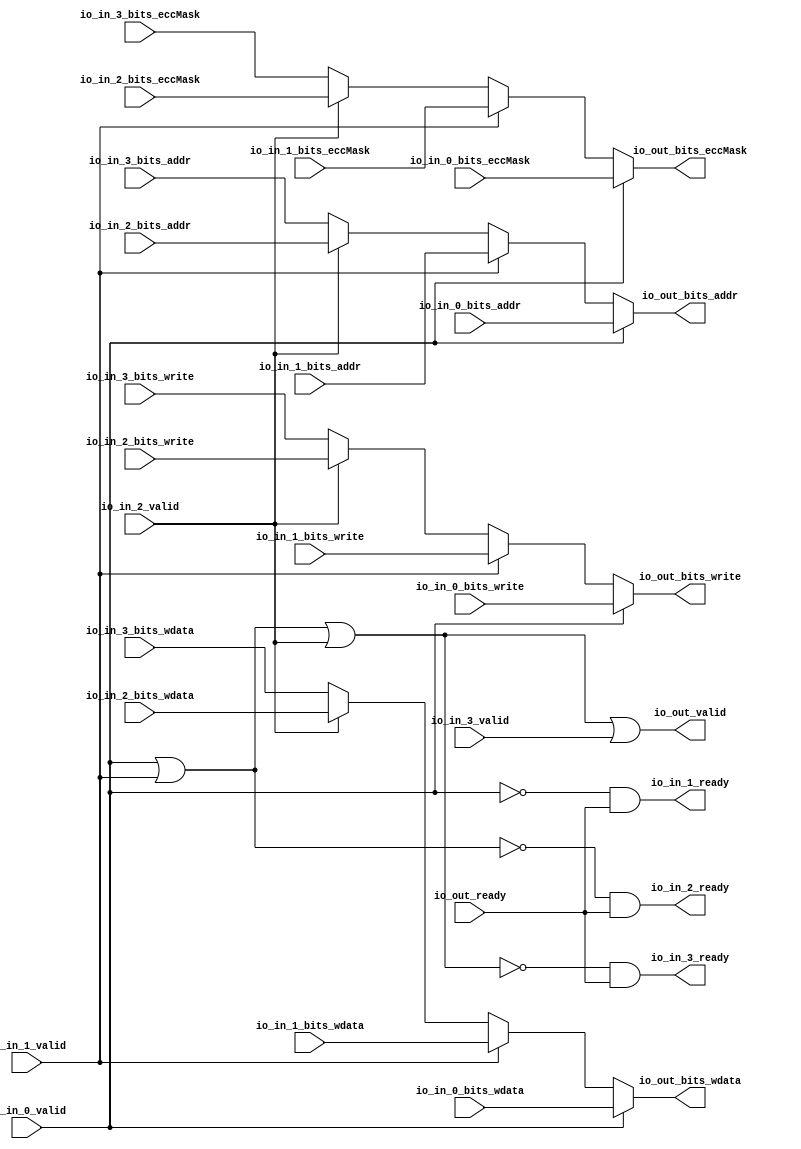
// Copyright (c) 2017, Microsemi Corporation
// All rights reserved.
//
// Redistribution and use in source and binary forms, with or without
// modification, are permitted provided that the following conditions are met:
//     * Redistributions of source code must retain the above copyright
//       notice, this list of conditions and the following disclaimer.
//     * Redistributions in binary form must reproduce the above copyright
//       notice, this list of conditions and the following disclaimer in the
//       documentation and/or other materials provided with the distribution.
//     * Neither the name of the <organization> nor the
//       names of its contributors may be used to endorse or promote products
//       derived from this software without specific prior written permission.
//
// THIS SOFTWARE IS PROVIDED BY THE COPYRIGHT HOLDERS AND CONTRIBUTORS "AS IS" AND
// ANY EXPRESS OR IMPLIED WARRANTIES, INCLUDING, BUT NOT LIMITED TO, THE IMPLIED
// WARRANTIES OF MERCHANTABILITY AND FITNESS FOR A PARTICULAR PURPOSE ARE
// DISCLAIMED. IN NO EVENT SHALL MICROSEMI CORPORATIONM BE LIABLE FOR ANY
// DIRECT, INDIRECT, INCIDENTAL, SPECIAL, EXEMPLARY, OR CONSEQUENTIAL DAMAGES
// (INCLUDING, BUT NOT LIMITED TO, PROCUREMENT OF SUBSTITUTE GOODS OR SERVICES;
// LOSS OF USE, DATA, OR PROFITS; OR BUSINESS INTERRUPTION) HOWEVER CAUSED AND
// ON ANY THEORY OF LIABILITY, WHETHER IN CONTRACT, STRICT LIABILITY, OR TORT
// (INCLUDING NEGLIGENCE OR OTHERWISE) ARISING IN ANY WAY OUT OF THE USE OF THIS
// SOFTWARE, EVEN IF ADVISED OF THE POSSIBILITY OF SUCH DAMAGE.
//
// APACHE LICENSE
// Copyright (c) 2017, Microsemi Corporation 
//
// Licensed under the Apache License, Version 2.0 (the "License");
// you may not use this file except in compliance with the License.
// You may obtain a copy of the License at
//
//    http://www.apache.org/licenses/LICENSE-2.0
//
// Unless required by applicable law or agreed to in writing, software
// distributed under the License is distributed on an "AS IS" BASIS,
// WITHOUT WARRANTIES OR CONDITIONS OF ANY KIND, either express or implied.
// See the License for the specific language governing permissions and
// limitations under the License.
//
// Description:
//
// SVN Revision Information:
// SVN $Revision: $
// SVN $Date: $
//
// Resolved SARs
// SAR      Date     Who   Description
//
// Notes:
//
// ****************************************************************************/
`define RANDOMIZE
`timescale 1ns/10ps
module PROC_SUBSYSTEM_MIV_RV32IMA_L1_AHB_0_MIV_RV32IMA_L1_AHB_ARBITER_1(
  input         io_in_0_valid,
  input  [12:0] io_in_0_bits_addr,
  input         io_in_0_bits_write,
  input  [31:0] io_in_0_bits_wdata,
  input  [3:0]  io_in_0_bits_eccMask,
  output        io_in_1_ready,
  input         io_in_1_valid,
  input  [12:0] io_in_1_bits_addr,
  input         io_in_1_bits_write,
  input  [31:0] io_in_1_bits_wdata,
  input  [3:0]  io_in_1_bits_eccMask,
  output        io_in_2_ready,
  input         io_in_2_valid,
  input  [12:0] io_in_2_bits_addr,
  input         io_in_2_bits_write,
  input  [31:0] io_in_2_bits_wdata,
  input  [3:0]  io_in_2_bits_eccMask,
  output        io_in_3_ready,
  input         io_in_3_valid,
  input  [12:0] io_in_3_bits_addr,
  input         io_in_3_bits_write,
  input  [31:0] io_in_3_bits_wdata,
  input  [3:0]  io_in_3_bits_eccMask,
  input         io_out_ready,
  output        io_out_valid,
  output [12:0] io_out_bits_addr,
  output        io_out_bits_write,
  output [31:0] io_out_bits_wdata,
  output [3:0]  io_out_bits_eccMask
);
  wire [12:0] _GEN_1;
  wire  _GEN_2;
  wire [31:0] _GEN_3;
  wire [3:0] _GEN_5;
  wire [12:0] _GEN_8;
  wire  _GEN_9;
  wire [31:0] _GEN_10;
  wire [3:0] _GEN_12;
  wire [12:0] _GEN_15;
  wire  _GEN_16;
  wire [31:0] _GEN_17;
  wire [3:0] _GEN_19;
  wire  _T_68;
  wire  _T_69;
  wire  _T_71;
  wire  _T_73;
  wire  _T_75;
  wire  _T_77;
  wire  _T_78;
  wire  _T_79;
  wire  _T_81;
  wire  _T_82;
  assign io_in_1_ready = _T_77;
  assign io_in_2_ready = _T_78;
  assign io_in_3_ready = _T_79;
  assign io_out_valid = _T_82;
  assign io_out_bits_addr = _GEN_15;
  assign io_out_bits_write = _GEN_16;
  assign io_out_bits_wdata = _GEN_17;
  assign io_out_bits_eccMask = _GEN_19;
  assign _GEN_1 = io_in_2_valid ? io_in_2_bits_addr : io_in_3_bits_addr;
  assign _GEN_2 = io_in_2_valid ? io_in_2_bits_write : io_in_3_bits_write;
  assign _GEN_3 = io_in_2_valid ? io_in_2_bits_wdata : io_in_3_bits_wdata;
  assign _GEN_5 = io_in_2_valid ? io_in_2_bits_eccMask : io_in_3_bits_eccMask;
  assign _GEN_8 = io_in_1_valid ? io_in_1_bits_addr : _GEN_1;
  assign _GEN_9 = io_in_1_valid ? io_in_1_bits_write : _GEN_2;
  assign _GEN_10 = io_in_1_valid ? io_in_1_bits_wdata : _GEN_3;
  assign _GEN_12 = io_in_1_valid ? io_in_1_bits_eccMask : _GEN_5;
  assign _GEN_15 = io_in_0_valid ? io_in_0_bits_addr : _GEN_8;
  assign _GEN_16 = io_in_0_valid ? io_in_0_bits_write : _GEN_9;
  assign _GEN_17 = io_in_0_valid ? io_in_0_bits_wdata : _GEN_10;
  assign _GEN_19 = io_in_0_valid ? io_in_0_bits_eccMask : _GEN_12;
  assign _T_68 = io_in_0_valid | io_in_1_valid;
  assign _T_69 = _T_68 | io_in_2_valid;
  assign _T_71 = io_in_0_valid == 1'h0;
  assign _T_73 = _T_68 == 1'h0;
  assign _T_75 = _T_69 == 1'h0;
  assign _T_77 = _T_71 & io_out_ready;
  assign _T_78 = _T_73 & io_out_ready;
  assign _T_79 = _T_75 & io_out_ready;
  assign _T_81 = _T_75 == 1'h0;
  assign _T_82 = _T_81 | io_in_3_valid;
endmodule